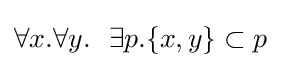
\forall x.\forall y.\ \ \exists p.\{x,y\}\subset p